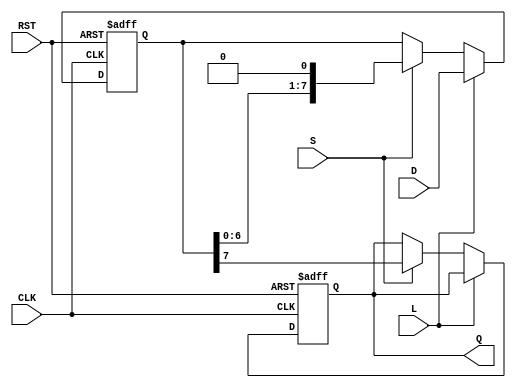
module piso_register #(
    parameter N = 8 // Parameter for the width of the data bus
)(
    input wire [N-1:0] D,    // Parallel data input
    input wire L,             // Load signal
    input wire S,             // Shift signal
    input wire CLK,           // Clock signal
    input wire RST,           // Asynchronous reset
    output reg Q              // Serial output
);

    reg [N-1:0] shift_reg; // Internal shift register

    always @(posedge CLK or posedge RST) begin
        if (RST) begin
            shift_reg <= {N{1'b0}}; // Clear the shift register
            Q <= 1'b0; // Clear serial output
        end else begin
            if (L) begin
                shift_reg <= D; // Load data into shift register
            end else if (S) begin
                Q <= shift_reg[N-1]; // Shift out the MSB
                shift_reg <= {shift_reg[N-2:0], 1'b0}; // Shift left
            end
        end
    end

endmodule